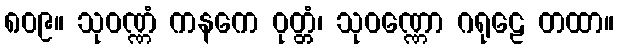
၈၀၉။ သုဝဏ္ဏံ ကနကေ ဝုတ္တံ၊ သုဝဏ္ဏော ဂရုဠေ တထာ။